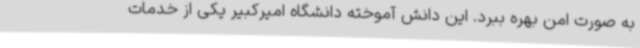
به صورت امن بهره ببرد. این دانش آموخته دانشگاه امیرکبیر یکی از خدمات